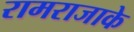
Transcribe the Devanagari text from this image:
रामराजाके